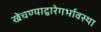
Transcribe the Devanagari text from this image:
खेचण्याद्वारेगर्भावस्था